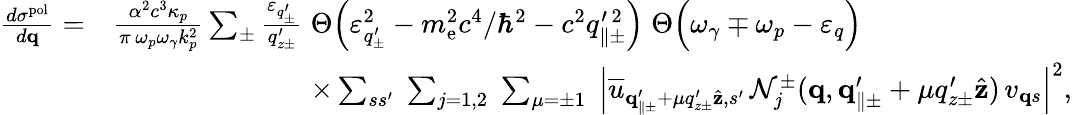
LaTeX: \begin{array}{rl}{\frac{d\sigma^{\mathrm{pol}}}{d{\mathbf q}}=}&{\frac{\alpha^{2}c^{3}\kappa_{p}}{\pi\, \omega_{p}\omega_{\gamma}k_{p}^{2}}\sum_{\pm}\frac{\varepsilon_{q_{\pm}^{\prime}}}{q_{z\pm}^{\prime}}\; \Theta\Big(\varepsilon_{q_{\pm}^{\prime}}^{2}-m_{\mathrm{e}}^{2}c^{4}/\hbar^{2}-c^{2}q_{\parallel\pm}^{\prime\, 2}\Big)\; \Theta\Big(\omega_{\gamma}\mp\omega_{p}-\varepsilon_{q}\Big)}\\ &{\quad\quad\quad\quad\quad\quad\quad\times\sum_{ss^{\prime}}\; \sum_{j=1,2}\; \sum_{\mu=\pm 1}\; \Big|\overline{{u}}_{{\mathbf q}_{\parallel\pm}^{\prime}+\mu q_{z\pm}^{\prime}\hat{\mathbf z},s^{\prime}}\, \mathcal{N}_{j}^{\pm}({\mathbf q},{\mathbf q}_{\parallel\pm}^{\prime}+\mu q_{z\pm}^{\prime}\hat{\mathbf z})\, v_{{\mathbf q}s}\Big|^{2},}\end{array}